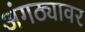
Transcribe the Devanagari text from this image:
अंगठ्यावर